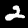
Label: 2